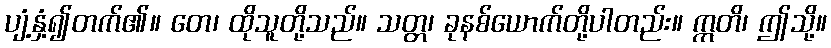
ပျံ့နှံ့၍တက်၏။ တေ၊ ထိုသူတို့သည်။ သတ္တ၊ ခုနစ်ယောက်တို့ပါတည်း။ ဣတိ၊ ဤသို့။